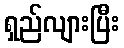
ရှည်လျားပြီး